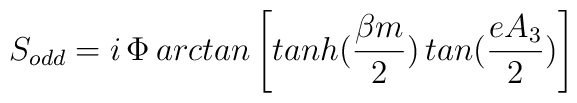
S_{odd}= i\, \Phi\,arctan\left[tanh(\frac{\beta m}{2})\,tan(\frac{eA_3}{2})\right]